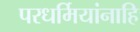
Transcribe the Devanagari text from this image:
परधर्मियांनाहि